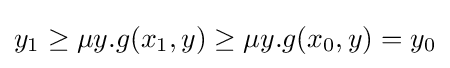
y_{1}\geq \mu y.g(x_{1},y)\geq \mu y.g(x_{0},y)=y_{0}